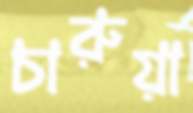
চারুয়া